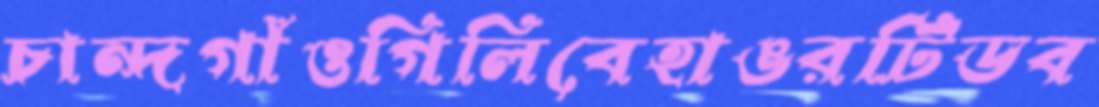
চান্দগাঁওগিলিবেহাঙরটিডব